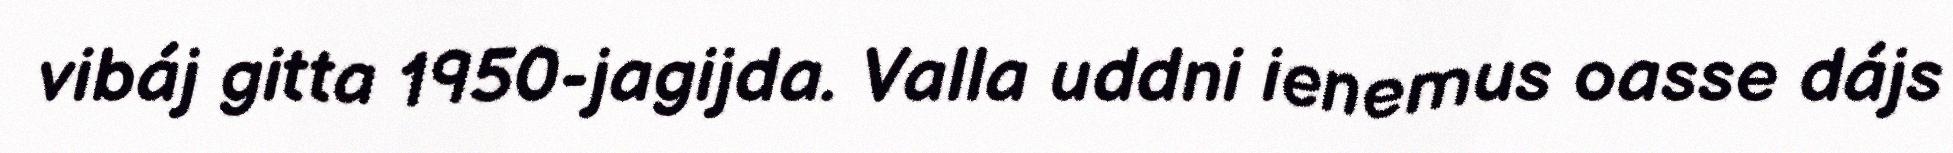
vibáj gitta 1950-jagijda. Valla uddni ienemus oasse dájs